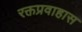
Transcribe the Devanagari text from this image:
रक्तप्रवाहास